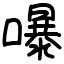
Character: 嚗